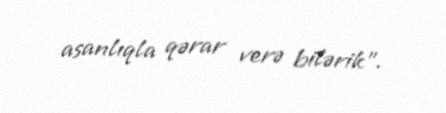
asanlıqla qərar verə bilərik”.